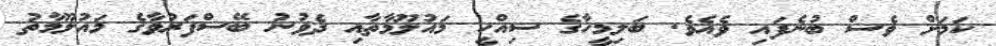
ކަމަށް ވެސް ބުނެފައި ވެއެވެ. ބަލިމީހާގެ ސިއްހީ މައުލޫމާތާއި ދެވުނު ބޭސްފަރުވާގެ މައުލޫމާތު